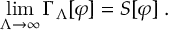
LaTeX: \operatorname * { l i m } _ { \Lambda \rightarrow \infty } \Gamma _ { \Lambda } [ \varphi ] = S [ \varphi ] \; .